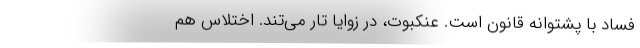
فساد با پشتوانه قانون است. عنکبوت، در زوایا تار می‌تند. اختلاس هم